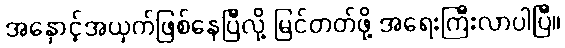
အနှောင့်အယှက်ဖြစ်နေပြီလို့ မြင်တတ်ဖို့ အရေးကြီးလာပါပြီ။